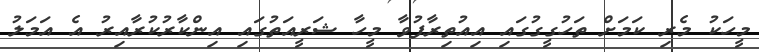
މީހަކު މެރި ކަމަށް ތަހުގީގުގައި އިއުތިރާފުވާ މީހާ ޝަރީއަތުގައި އިންކާރުކުރާއިރު އެ އަމަލު